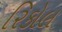
રિકોલ